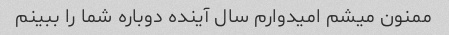
ممنون میشم امیدوارم سال آینده دوباره شما را ببینم